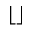
\left\lfloor \right\rfloor